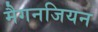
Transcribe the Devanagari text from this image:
मैगनजियन